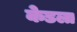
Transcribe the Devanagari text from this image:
केडला